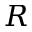
R